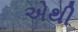
એથી